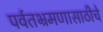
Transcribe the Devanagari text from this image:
पर्वतभ्रमणासाठीचे